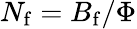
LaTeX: N_{\mathrm{f}}=B_{\mathrm{f}}/\Phi